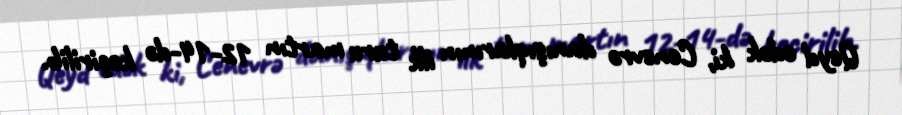
Qeyd edək ki, Cenevrə danışıqlarının ilk turu martın 12-14-də keçirilib.